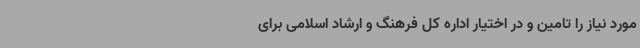
مورد نیاز را تامین و در اختیار اداره کل فرهنگ و ارشاد اسلامی برای